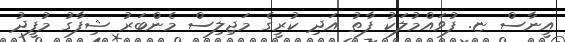
އީނާސް ޏ. ފުވައްމުލަކު ފާތު އަދި ކުރީގެ މަޖިލިސް މެންބަރު ޝިފާގު މުފީދު